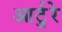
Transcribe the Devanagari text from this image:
आर्टुरे